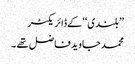
’’بلندی‘‘کے ڈائریکٹر
محمد جاوید فاضل تھے ۔